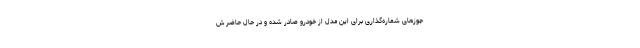
جوزهای شماره‌گذاری برای این مدل از خودرو صادر شده و در حال حاضر ش